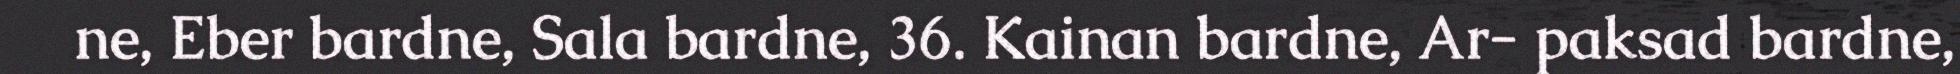
ne, Eber bardne, Sala bardne, 36. Kainan bardne, Ar- paksad bardne,